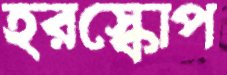
হরস্কোপ